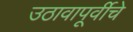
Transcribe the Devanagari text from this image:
उठावापूर्वीचे